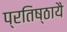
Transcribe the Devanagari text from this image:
प्रतिष्ठायै